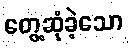
တွေ့ဆုံခဲ့သော